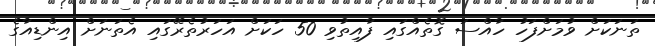
ތަނަކަށް ވުމަށްފަހު ހާއްސަ ގޮތެއްގައި ފާއިތުވި 50 ހަކަށް އަހަރުތެރޭގައި އެތަނަށް އިންޑިއާގެ